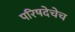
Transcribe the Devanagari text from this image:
परिषदेचेच